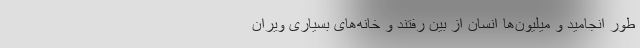
طور انجامید و میلیون‌ها انسان از بین رفتند و خانه‌های بسیاری ویران